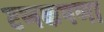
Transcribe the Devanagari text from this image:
टणकपणा